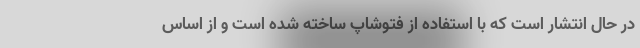
در حال انتشار است که با استفاده از فتوشاپ ساخته شده است و از اساس